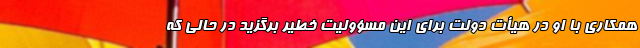
همکاری با او در هیأت دولت برای این مسؤولیت خطیر برگزید در حالی که